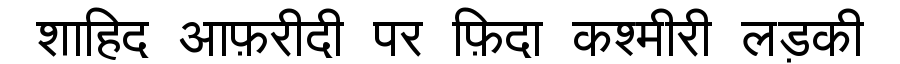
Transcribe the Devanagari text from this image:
शाहिद अाफ़रीदी पर फ़िदा कश्मीरी लड़की